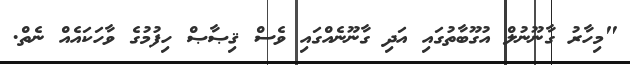
"މިހާރު ގާނޫނުލް އުގޫބާތުގައި އަދި ގާނޫނެއްގައި ވެސް ޤިޞާޞް ހިފުމުގެ ވާހަކައެއް ނެތް.